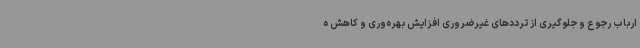
ارباب رجوع و جلوگیری از ترددهای غیرضروری افزایش بهره‌وری و کاهش ه